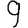
Digit: 9